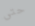
حتى